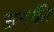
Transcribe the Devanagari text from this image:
स़रकी